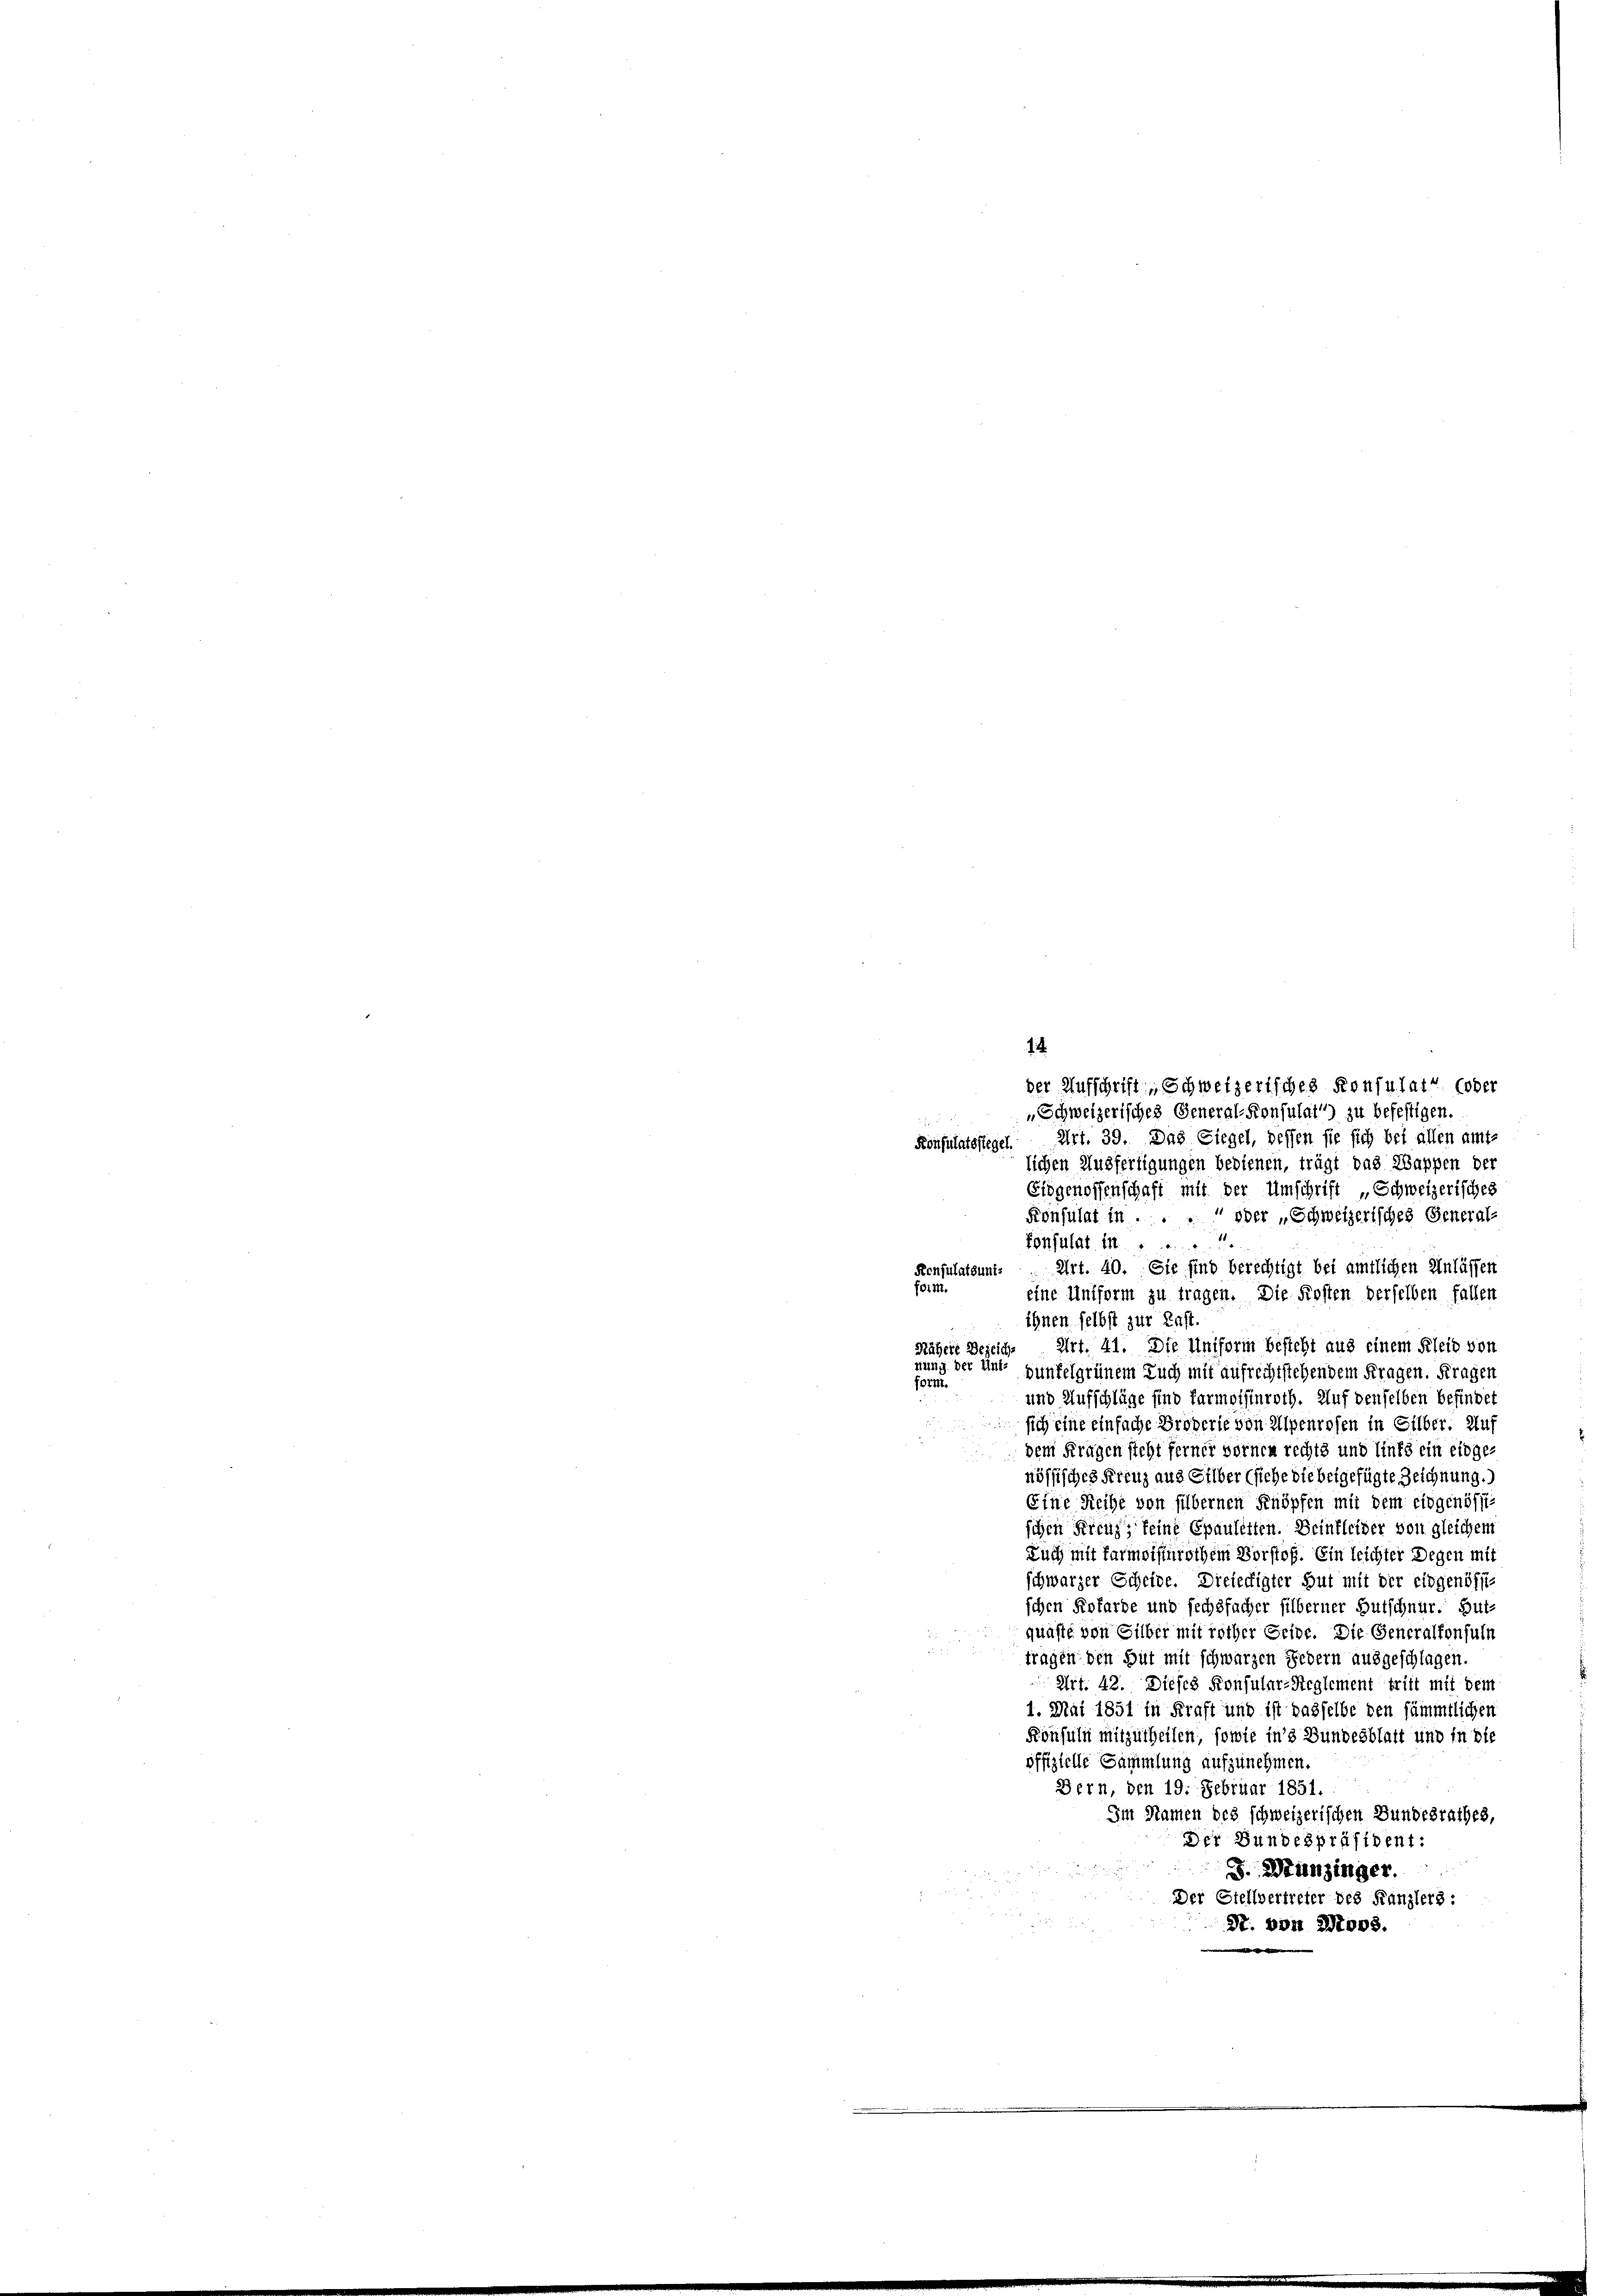
der Aufschrift, Schweizerisches Konsulat (oder
„Schweizerisches General-Konsulat) zu befestigen.
Art. 39. Das Liegel, dessen sie sich bei allen amt-
Konsulatsfiegel
lichen Ausfertigungen bedienen, trägt das Wappen der
Eidgenoffenschaft mit der Umschrift „Schweizerisches
Konsulat in . . . ober „Schweizerisches General-
konsulat ist ......
Senfulatsunt. Art. 40. Sie sind berechtigt bei amtlichen Anlassen
feim.
eine Untform zu tragen. Die Kosten derselben fallen
ihnen selbst zur Last
Art. 41. Die Uniform besteht aus einem Kleid von
Nähere Bezeich
nung der Unte
dünkelgrünem Tuch mit aufrechtstehendem Fragen. Fragen
form.
und Aufschläge find farmoisinroth. Auf denselben befindet
sich eine einfache Broderie von Alpenrosen in Silber. Auf
dem Fragen steht ferner vornen rechts und links ein eidge-
nössisches Kreuz aus Silber (siehe die beigefügte Zeichnung.)
Eine Reihe von silbernen Knöpfen mit dem eidgenössi
schen Kreuz, feine Epauletten. Beinkleider von gleichem
Tuch mit Farmeisterothem Vorstoß. Ein leichter Degen mit
schwarzer Scheide. Dreiechigter Gut mit der eidgenössi
schen Kofarde und sechsfacher silberner Gutschnur. Gutquäste von Silber mit rother Geise. Die Generalkonsuln
tragen den Gut mit schwarzen Federn ausgeschlagen.
Art. 42. Dieses Konsular-Reglement tritt mit dem
1. Mai 1851 in Kraft und ist dasselbe den sämmtlichen
Konsuln mitzutheilen, sowie in’s Bundesblatt und in die
offizielle Sammlung aufzunehmen.
Bern, den 19. Februar 1851.
Im Namen des schweizerischen Bundesrathes,
Der Bundespräsident:
J. Münzinger
Der Stellvertreter des Kanzlers:
S. von 2008.
e

14.